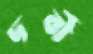
দর্বী